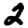
Digit: 2